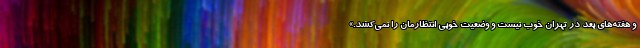
و هفته‌های بعد در تهران خوب نیست و وضعیت خوبی انتظارمان را نمی‌کشد.»